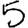
Digit: 5